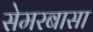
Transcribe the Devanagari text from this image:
सेमरबासा